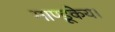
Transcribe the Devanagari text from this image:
माण्डूकेय।